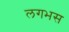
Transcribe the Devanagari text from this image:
लगभस